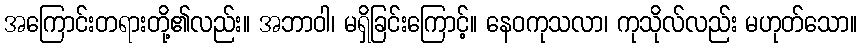
အကြောင်းတရားတို့၏လည်း။ အဘာဝါ၊ မရှိခြင်းကြောင့်။ နေဝကုသလာ၊ ကုသိုလ်လည်း မဟုတ်သော။